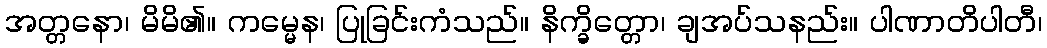
အတ္တနော၊ မိမိ၏။ ကမ္မေန၊ ပြုခြင်းကံသည်။ နိက္ခိတ္တော၊ ချအပ်သနည်း။ ပါဏာတိပါတီ၊